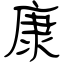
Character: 康